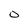
Character: o